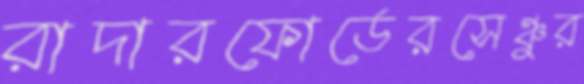
রাদারফোর্ডেরসেঞ্চুর